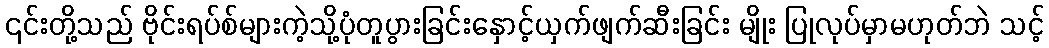
၎င်းတို့သည် ဗိုင်းရပ်စ်များကဲ့သို့ပုံတူပွားခြင်းနှောင့်ယှက်ဖျက်ဆီးခြင်း မျိုး ပြုလုပ်မှာမဟုတ်ဘဲ သင့်